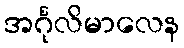
အင်္ဂုလိမာလေန